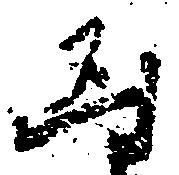
凶